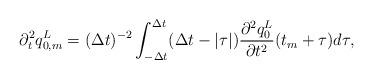
LaTeX: \begin{align*}\partial^2_tq^L_{0,m}=(\Delta t)^{-2}\int_{-\Delta t}^{\Delta t}(\Delta t-|\tau|){\partial^2q^L_{0}\over\partial t^2}(t_m+\tau)d\tau,\end{align*}